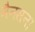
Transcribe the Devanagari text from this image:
मैनसन।